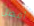
أفضل